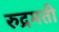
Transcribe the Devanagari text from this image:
रुद्रमती